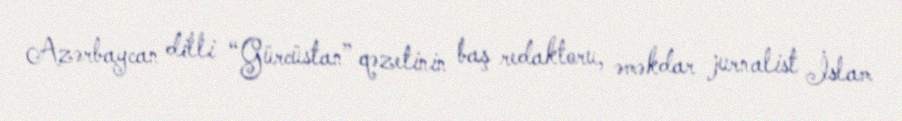
Azərbaycan dilli “Gürcüstan” qəzetinin baş redaktoru, əməkdar jurnalist İslam